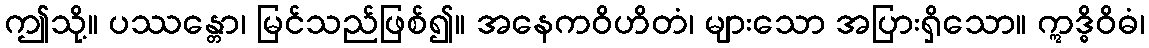
ဤသို့။ ပဿန္တော၊ မြင်သည်ဖြစ်၍။ အနေကဝိဟိတံ၊ များသော အပြားရှိသော။ ဣဒ္ဓိဝိဓံ၊